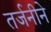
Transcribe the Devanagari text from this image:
तर्जनीने